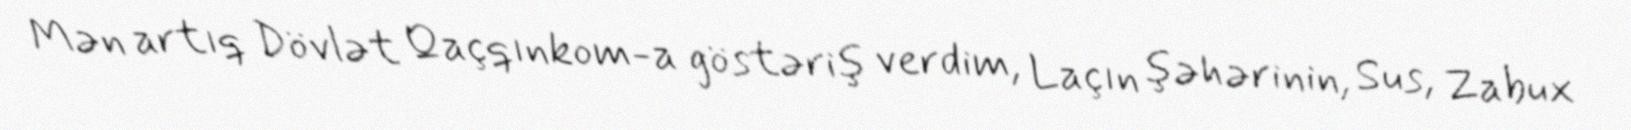
Mən artıq Dövlət Qaçqınkom-a göstəriş verdim, Laçın şəhərinin, Sus, Zabux